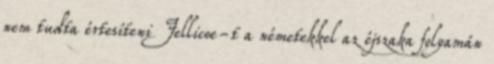
nem tudta értesíteni Jellicoe-t a németekkel az éjszaka folyamán